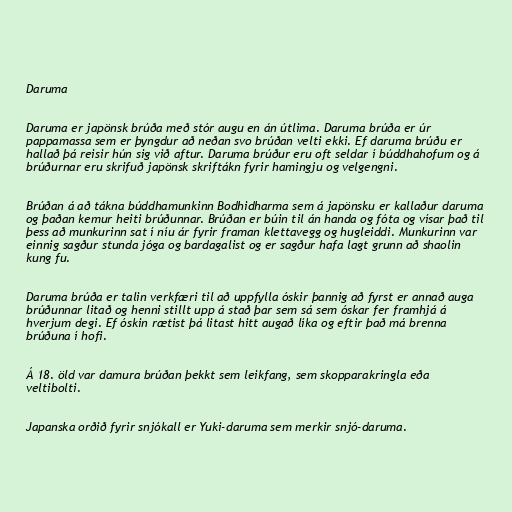
Daruma

Daruma er japönsk brúða með stór augu en án útlima. Daruma brúða er úr
pappamassa sem er þyngdur að neðan svo brúðan velti ekki. Ef daruma brúðu er
hallað þá reisir hún sig við aftur. Daruma brúður eru oft seldar í búddhahofum og á
brúðurnar eru skrifuð japönsk skriftákn fyrir hamingju og velgengni.

Brúðan á að tákna búddhamunkinn Bodhidharma sem á japönsku er kallaður daruma
og þaðan kemur heiti brúðunnar. Brúðan er búin til án handa og fóta og vísar það til
þess að munkurinn sat í níu ár fyrir framan klettavegg og hugleiddi. Munkurinn var
einnig sagður stunda jóga og bardagalist og er sagður hafa lagt grunn að shaolin
kung fu.

Daruma brúða er talin verkfæri til að uppfylla óskir þannig að fyrst er annað auga
brúðunnar litað og henni stillt upp á stað þar sem sá sem óskar fer framhjá á
hverjum degi. Ef óskin rætist þá litast hitt augað líka og eftir það má brenna
brúðuna í hofi.

Á 18. öld var damura brúðan þekkt sem leikfang, sem skopparakringla eða
veltibolti.

Japanska orðið fyrir snjókall er Yuki-daruma sem merkir snjó-daruma.